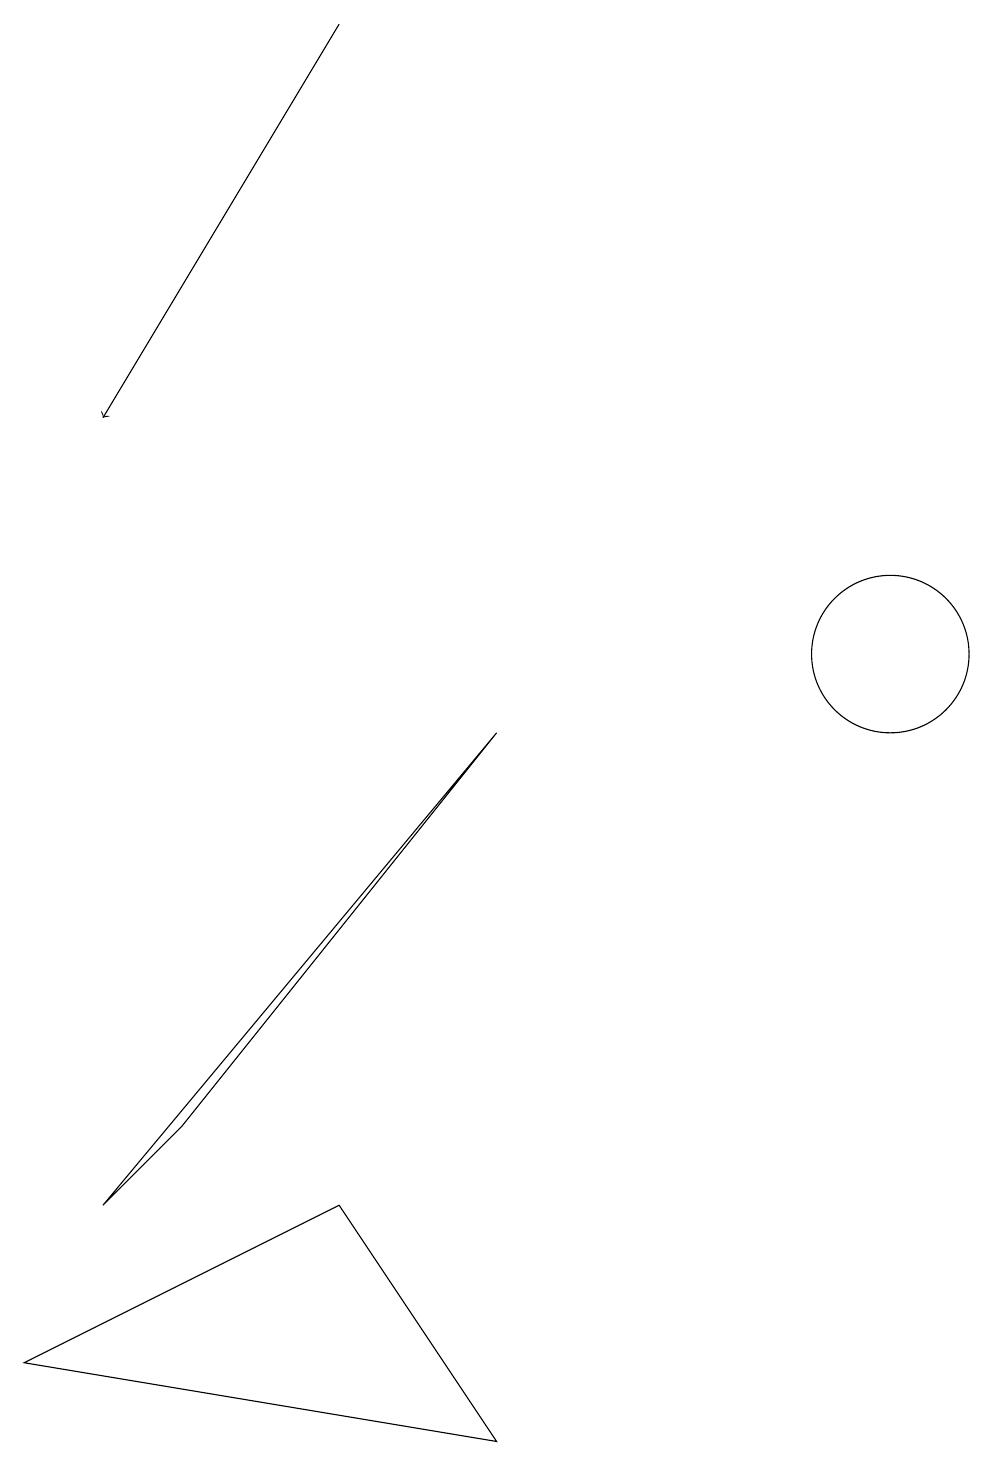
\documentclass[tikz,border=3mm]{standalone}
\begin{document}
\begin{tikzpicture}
\draw (1,3) -- (2,4) -- (6,9) -- cycle;
\draw (11,11) circle (0);
\draw (11,10) circle (1);
\draw[->] (4,18) -- (1,13);
\draw (6,0) -- (4,3) -- (0,1) -- cycle;
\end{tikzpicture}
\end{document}